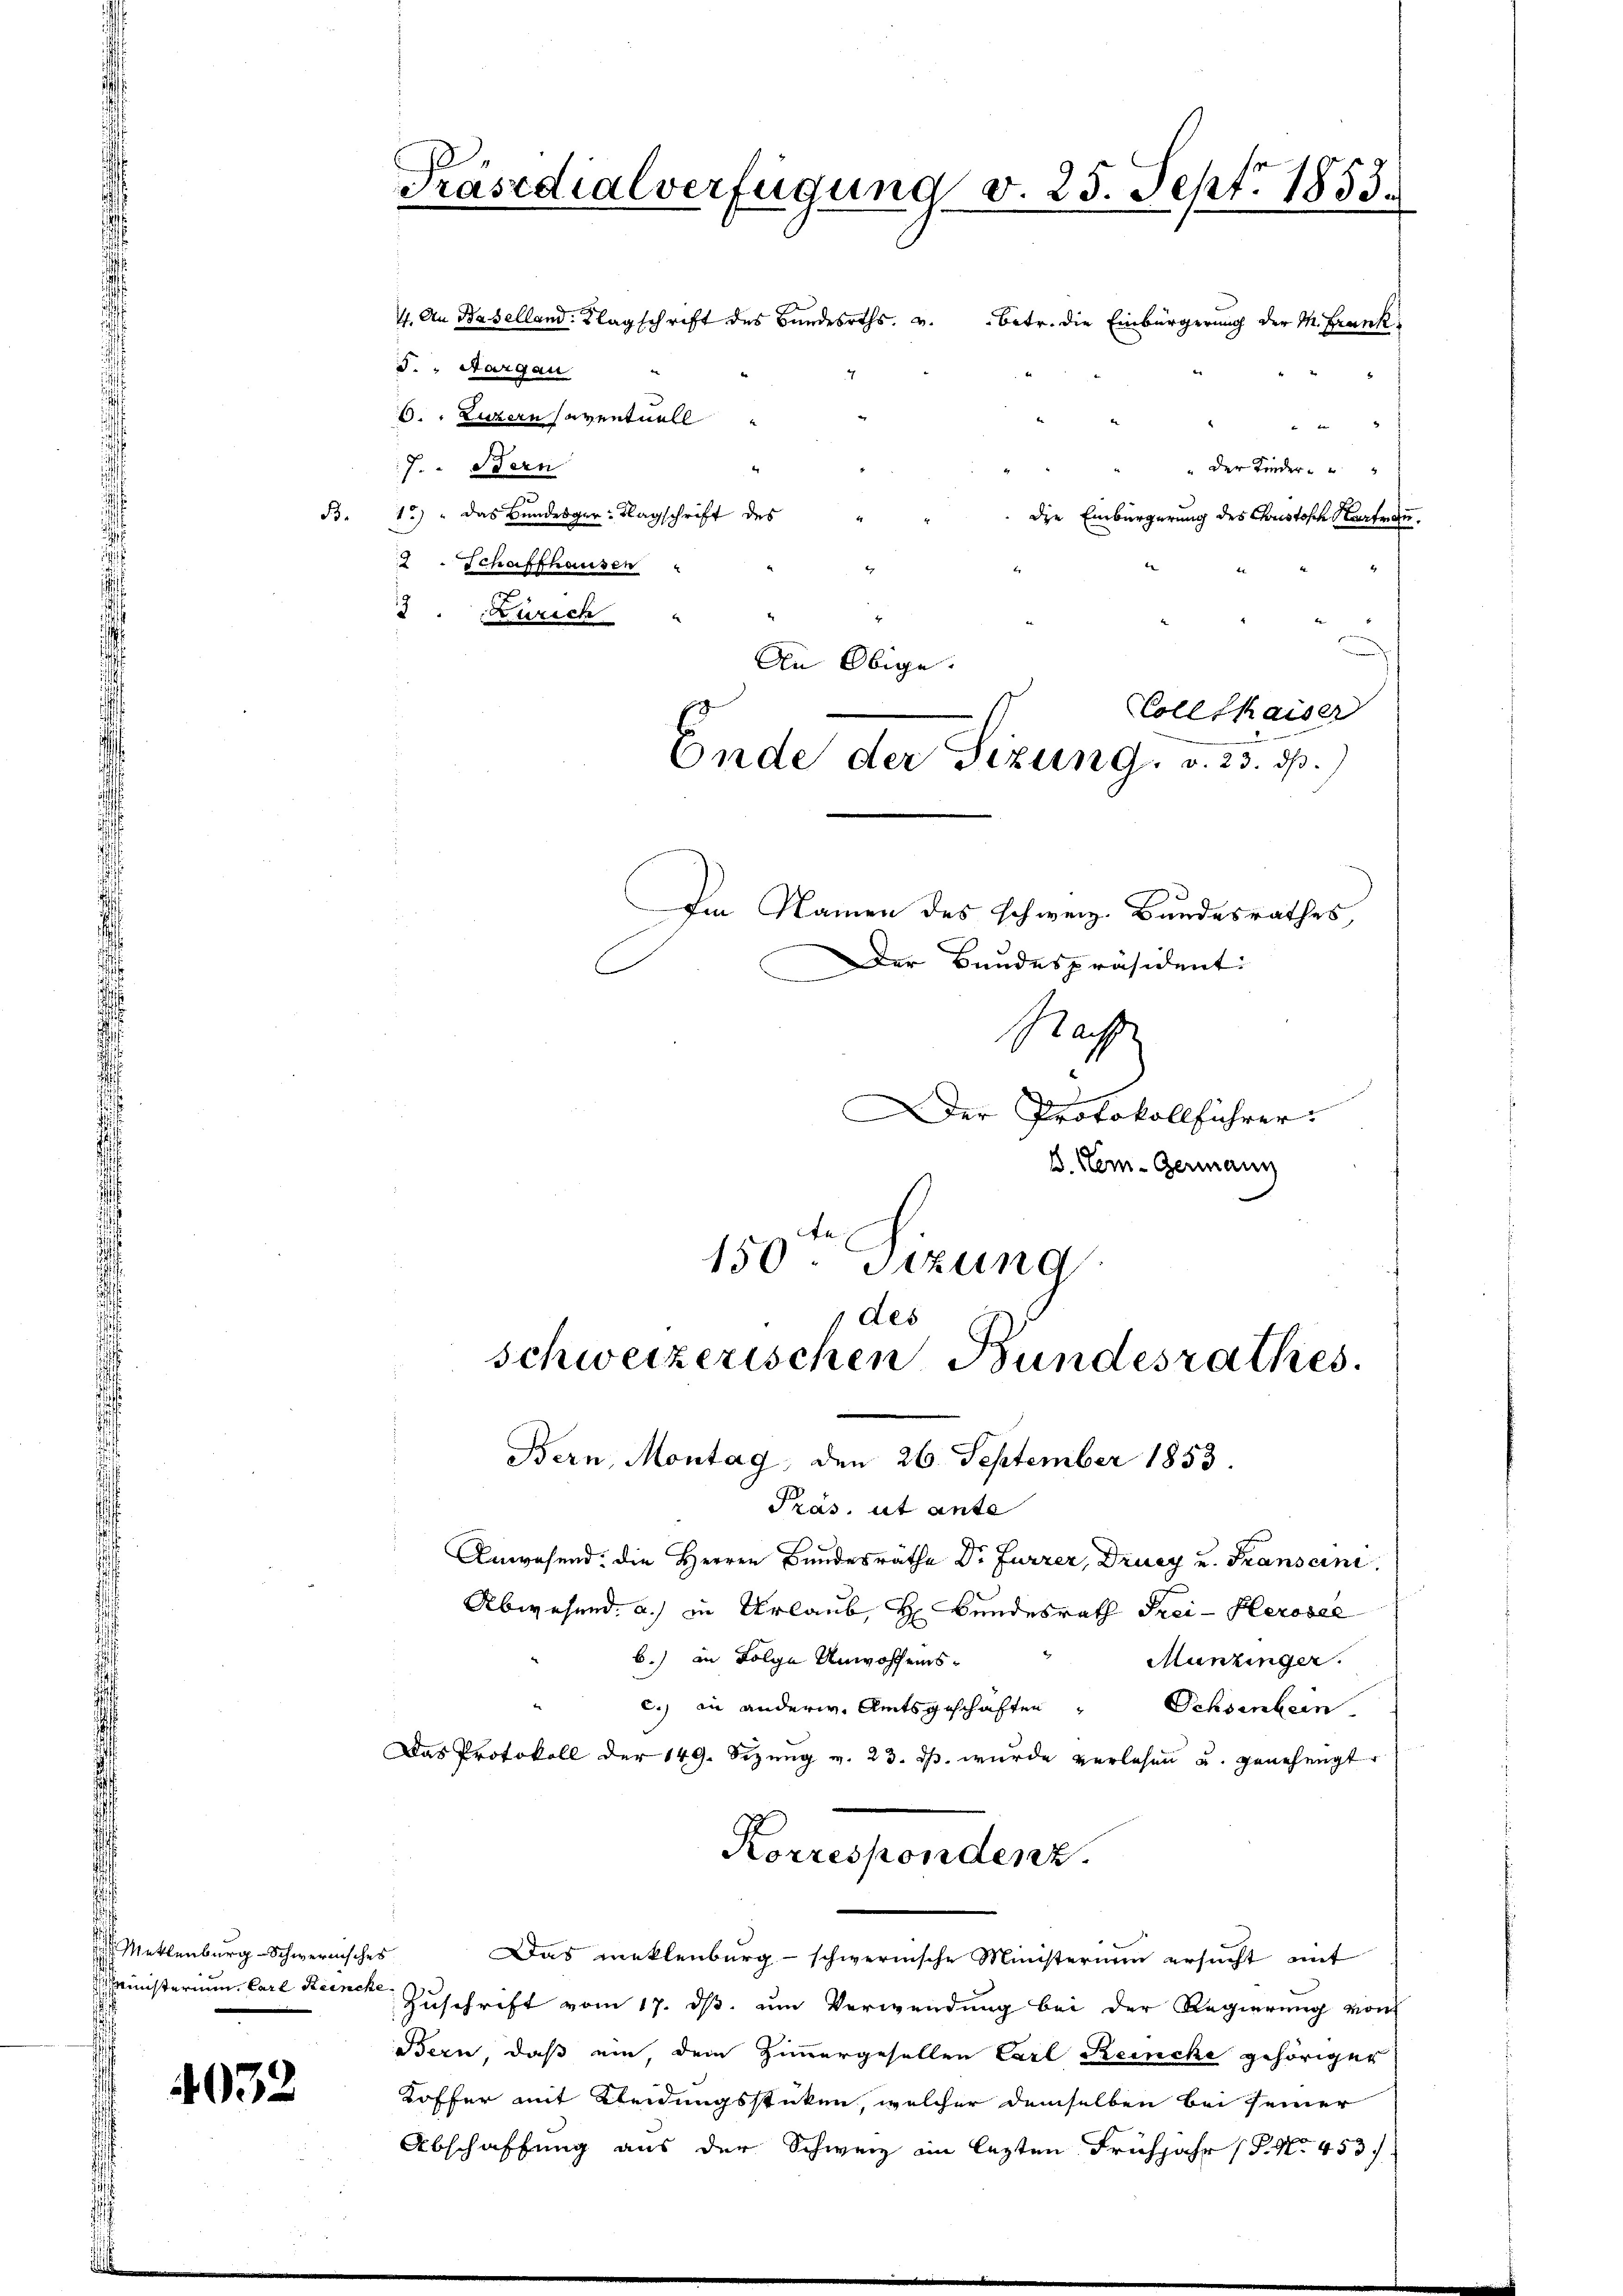
Mettenburg-Schwerenisches
Ministerium Carl Reinch

4032

Präsidialverfügung v. 25. Sept. 1858.

5. " Aargau
. Luzern eventuell

7. Bern
" der Kinder u
B.12) " das Bundesger-Nagschrift des
die Einbürgerung des Chustosch Karfra
2 Schaffhausen
Zürich
Im Namen des schweiz. Bundesrathes
Der Bundespräsidenti
Mas
Der Protokollführer.
B. Nem-Germann
150ten Sizung

4. An Baselland. Klagschrift des Bunderts. v. Betr. die Einbürgerung der M. Frank¬

u
An Obige
Coll Chaiser
Ende der Sizung, v. 23. p.)

1 des
Bern, Montag, den 26. September 1853
Präs. ut ante

schweizerischen Bundesrathes.

Anwesend: die Herren Bundesräthe Dr. Furrer, Drucy u. Franscini
Abwesend: a.) in Urlaub, H Bundesrath Frei-Kerosee
b.) in Folge Unwohlens¬
Munzinger.
c.) in andern Amtsgeschaften " Schwinkern
Das Protokoll der 149. Sizung v. 23. ds. wurde verlesen u. genehmigt
Korrespondenz
Das reklenburg - schwernische Ministerium ersucht mit
Zuschrift vom 17. ds. um Verwendung bei der Regierung von
Bern, daß ein dem Zimmergesellen Carl Reinche gehöriger
Koffer mit Kleidungsstücken, welcher demselben bei seiner
Abschaffung aus der Schweiz im lezten Frühjahr (P. Nr. 453.